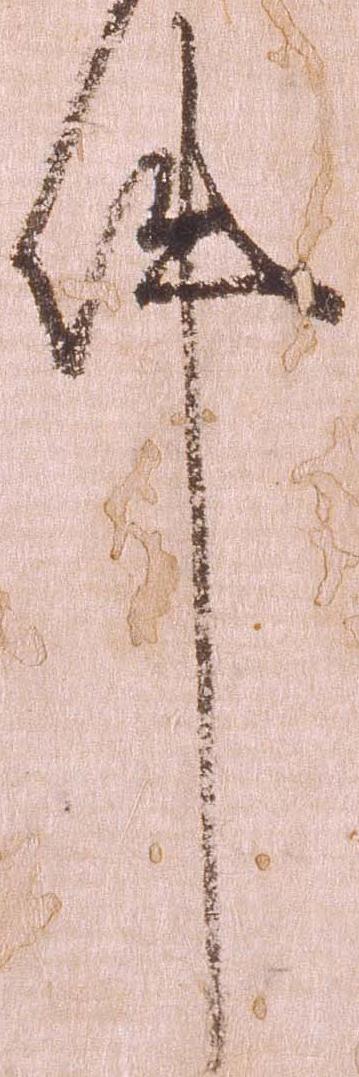
件